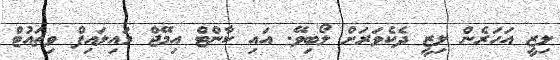
ލިޒީ އަހަރެން ލިޒީ ދެކެވަރަށް ލޯބިވޭ. އައި ކާންޓް އިމޭޖް މައިލައިފް ވިތައުޓް